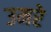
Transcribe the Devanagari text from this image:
उमरे